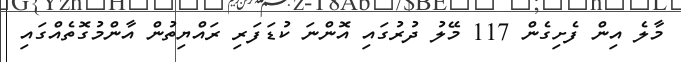
މާލެ އިން ފެށިގެން 117 މޭލު ދުރުގައި އޮންނަ ކުޑަފަރި ރައްޔިތުން އާންމުގޮތެއްގައި